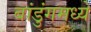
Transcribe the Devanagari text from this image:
बांडुंगमध्ये